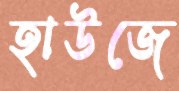
হাউজে